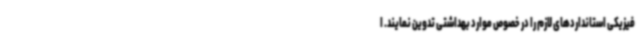
فیزیکی استانداردهای لازم را در خصوص موارد بهداشتی تدوین نمایند. ا